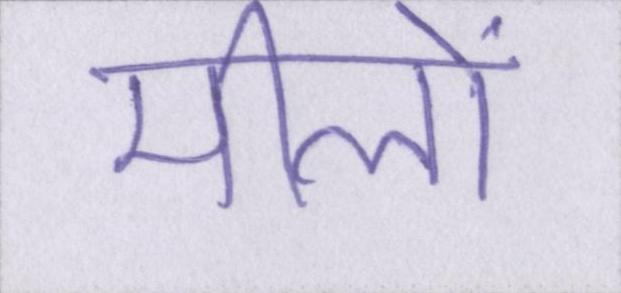
मीलों